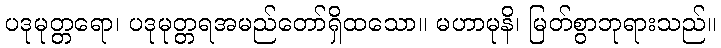
ပဒုမုတ္တရော၊ ပဒုမုတ္တရအမည်တော်ရှိထသော။ မဟာမုနိ၊ မြတ်စွာဘုရားသည်။